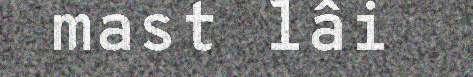
mast lâi